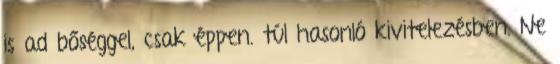
is ad bőséggel, csak éppen. túl hasonló kivitelezésben. Ne